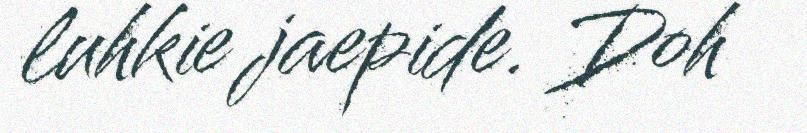
luhkie jaepide. Doh